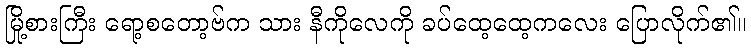
မြို့စားကြီး ရော့စတော့ဗ်က သား နီကိုလေကို ခပ်ထေ့ထေ့ကလေး ပြောလိုက်၏။